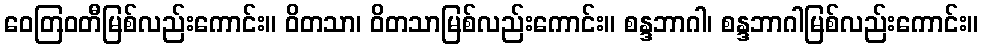
ဝေတြဝတီမြစ်လည်းကောင်း။ ဝိတသာ၊ ဝိတသာမြစ်လည်းကောင်း။ စန္ဒဘာဂါ၊ စန္ဒဘာဂါမြစ်လည်းကောင်း။